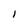
Character: l